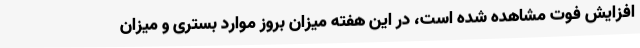
افزایش فوت مشاهده شده است، در این هفته میزان بروز موارد بستری و میزان